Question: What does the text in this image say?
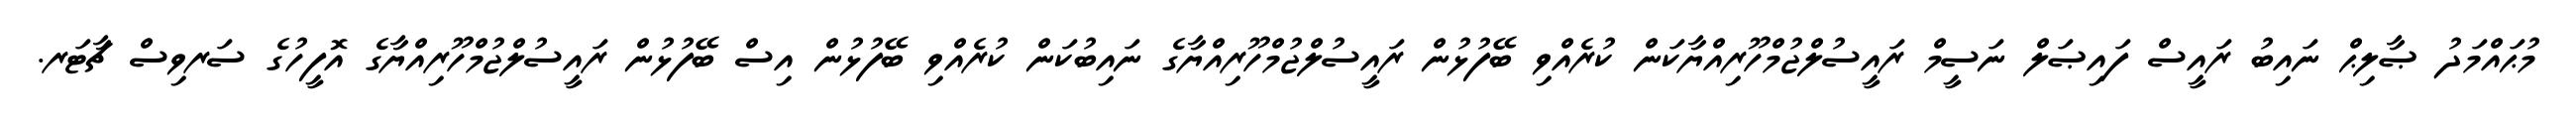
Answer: މުޙައްމަދު ޞާލިޙް ނައިބު ރައީސް ފައިޞަލް ނަސީމް ރައީސުލްޖުމްހޫރިއްޔާކަން ކުރެއްވި ބޭފުޅުން ރައީސުލްޖުމްހޫރިއްޔާގެ ނައިބުކަން ކުރެއްވި ބޭފުޅުން އިސް ބޭފުޅުން ރައީސުލްޖުމްހޫރިއްޔާގެ އޮފީހުގެ ސަރވިސް ޗާޓަރ.